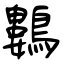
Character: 鷜